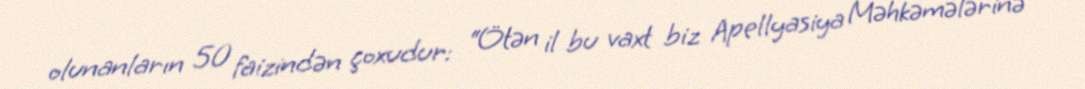
olunanların 50 faizindən çoxudur: “Ötən il bu vaxt biz Apellyasiya Məhkəmələrinə